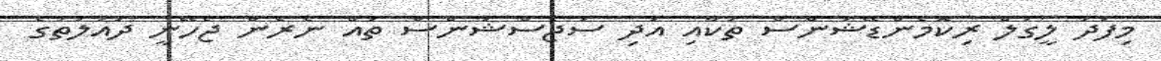
މިފަދަ ލީގަލް ރިކޮމެންޑޭޝަންސް ތަކާއި އަދި ސަޖެސްޝަންސް ތައް ނެރެން ޖެހޭނީ ދައުލަތުގެ